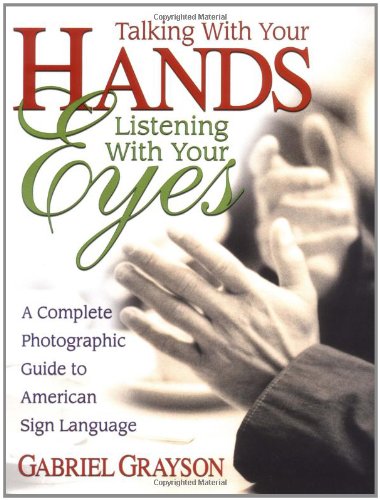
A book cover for Talking with Your Hands, Listening with Your Eyes: A Complete Photographic Guide to American Sign Language; Gabriel Grayson; Reference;